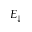
E _ { \downarrow }